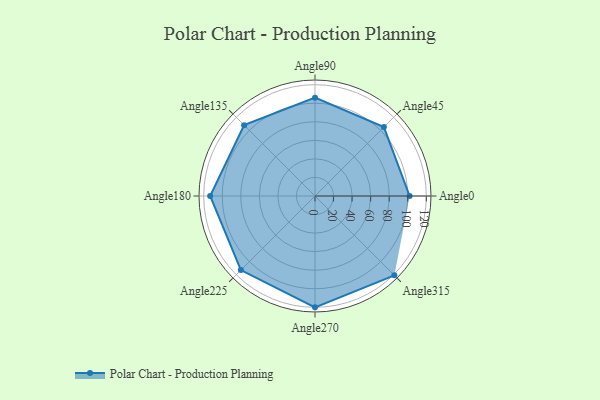
{"axis": {"x": "Angle", "y": "Radius"}, "legend": [""], "data": [{"x": "Angle0", "y": 102.0, "type": ""}, {"x": "Angle45", "y": 105.0, "type": ""}, {"x": "Angle90", "y": 106.0, "type": ""}, {"x": "Angle135", "y": 108.0, "type": ""}, {"x": "Angle180", "y": 113.0, "type": ""}, {"x": "Angle225", "y": 113.0, "type": ""}, {"x": "Angle270", "y": 120.0, "type": ""}, {"x": "Angle315", "y": 121.0, "type": ""}]}